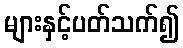
များနှင့်ပတ်သက်၍